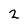
Character: 2